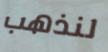
لنذهب